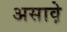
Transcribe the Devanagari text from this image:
असाव़े